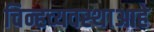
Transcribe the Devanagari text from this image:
चिन्हव्यवस्थाआहे